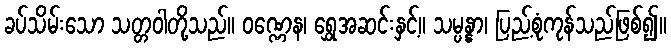
ခပ်သိမ်းသော သတ္တဝါတို့သည်။ ဝဏ္ဏေန၊ ရွှေအဆင်းနှင့်။ သမ္ပန္နာ၊ ပြည့်စုံကုန်သည်ဖြစ်၍။